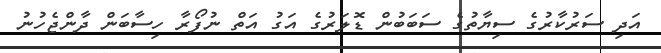
އަދި ސަރުކާރުގެ ސިޔާތުގެ ސަބަބުން ޑޮލަރުގެ އަގު އަތް ނުފޯރާ ހިސާބަން ދާންޖެހުނު